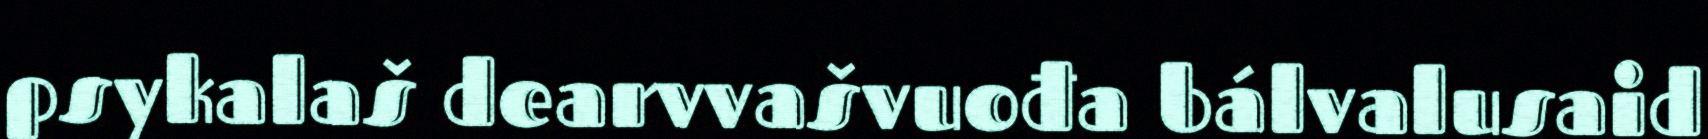
psykalaš dearvvašvuođa bálvalusaid